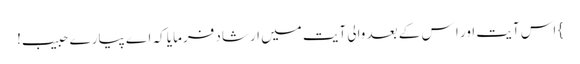
} اس آیت اور ا س کے بعد والی آیت میں ارشاد فرمایا کہ اے پیارے حبیب!